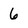
Character: 6